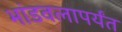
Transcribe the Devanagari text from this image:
भांडवलापर्यंत